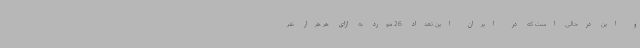
و این درحالی است که در ایران این تعداد 26 مورد به ازای هر هزار نفر